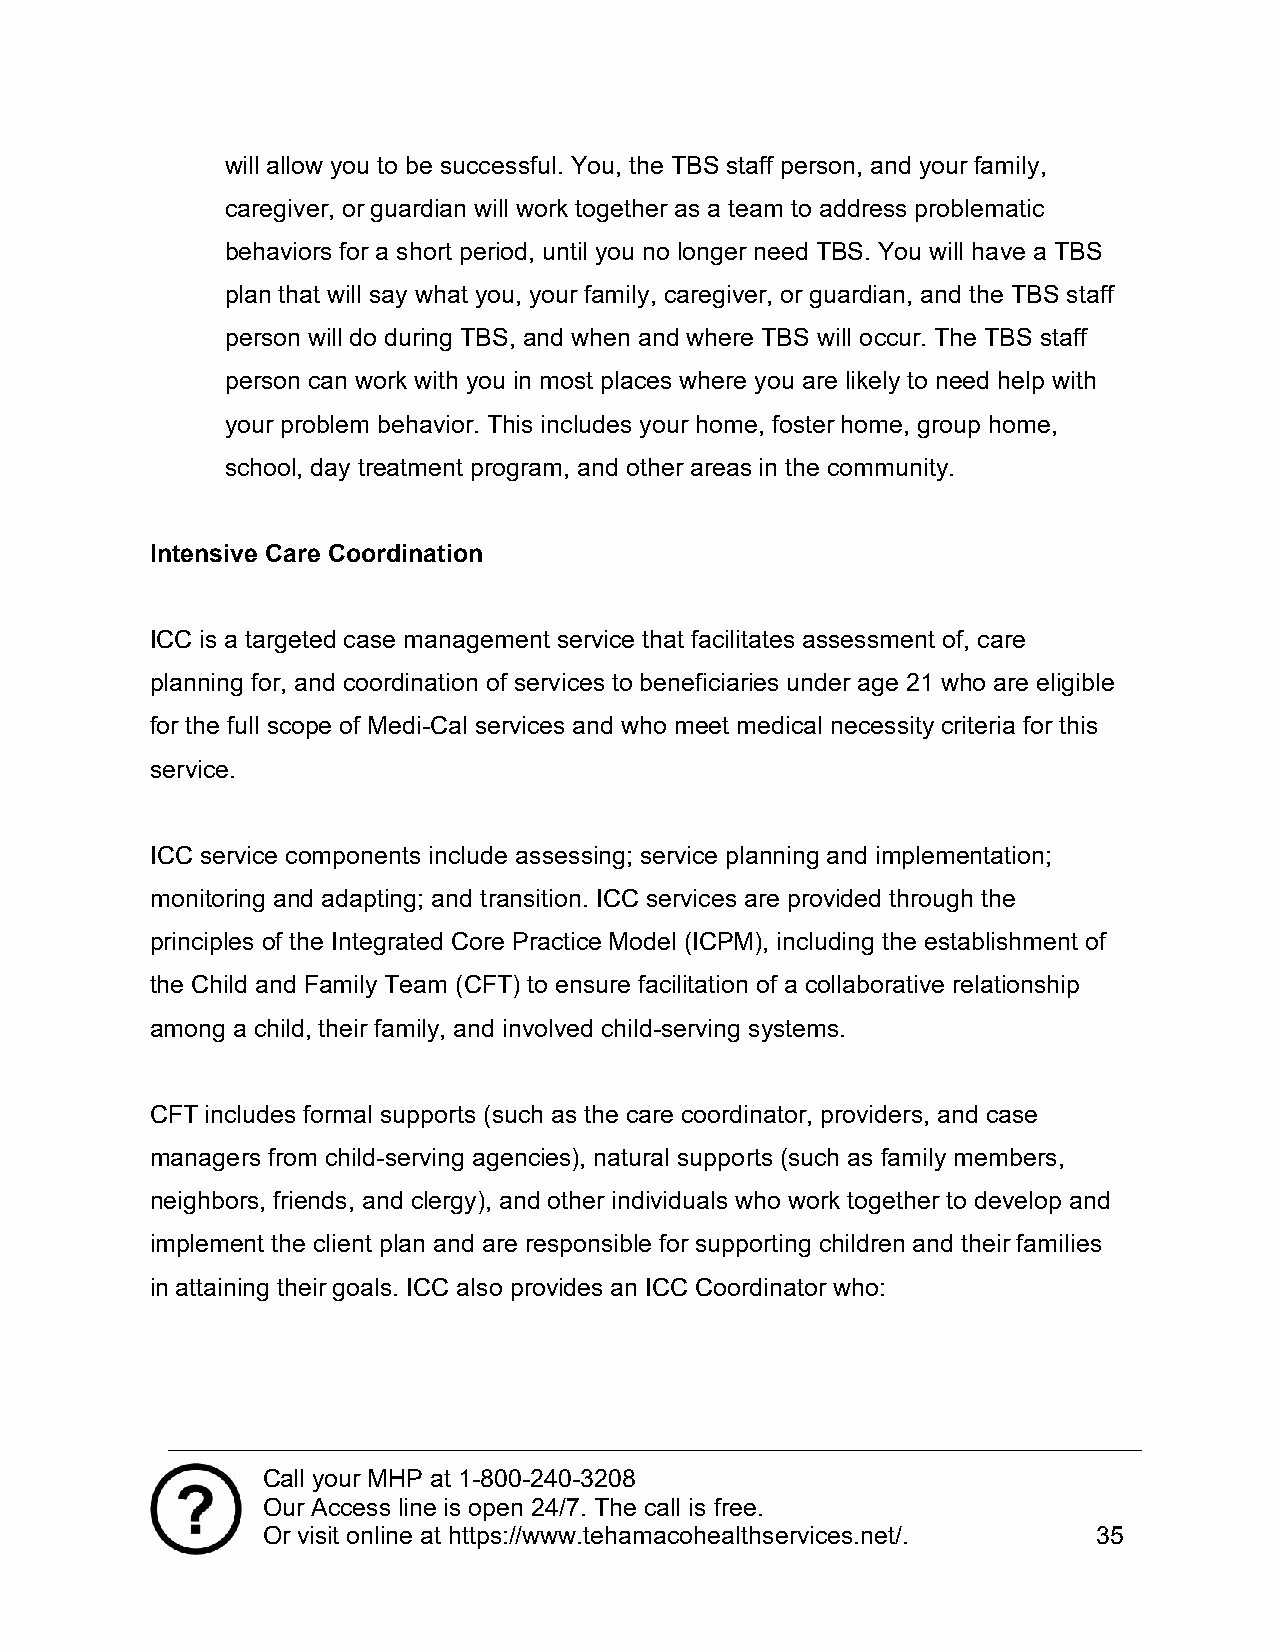
will allow you to be successful. You, the TBS staff person, and your family,
 caregiver, or guardian will work together as a team to address problematic
 behaviors for a short period, until you no longer need TBS. You will have a TBS
 plan that will say what you, your family, caregiver, or guardian, and the TBS staff
 person will do during TBS, and when and where TBS will occur. The TBS staff
 person can work with you in most places where you are likely to need help with
 your problem behavior. This includes your home, foster home, group home,
 school, day treatment program, and other areas in the community.
 Intensive Care Coordination
 ICC is a targeted case management service that facilitates assessment of, care
 planning for, and coordination of services to beneficiaries under age 21 who are eligible
 for the full scope of Medi-Cal services and who meet medical necessity criteria for this
 service.
 ICC service components include assessing; service planning and implementation;
 monitoring and adapting; and transition. ICC services are provided through the
 principles of the Integrated Core Practice Model (ICPM), including the establishment of
 the Child and Family Team (CFT) to ensure facilitation of a collaborative relationship
 among a child, their family, and involved child-serving systems.
 CFT includes formal supports (such as the care coordinator, providers, and case
 managers from child-serving agencies), natural supports (such as family members,
 neighbors, friends, and clergy), and other individuals who work together to develop and
 implement the client plan and are responsible for supporting children and their families
 in attaining their goals. ICC also provides an ICC Coordinator who:
 Call your MHP at 1-800-240-3208
 Our Access line is open 24/7. The call is free.
 Or visit online at https://www.tehamacohealthservices.net/. 35